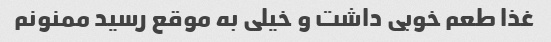
غذا طعم خوبی داشت و خیلی به موقع رسید ممنونم